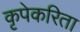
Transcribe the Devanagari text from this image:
कृपेकरिता